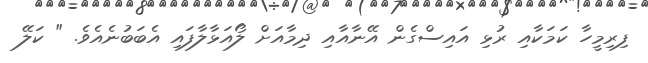
ފިރިމީހާ ކަމަކާއި ރުޅި އައިސްގެން އޭނާއާއި ދިމާއަށް ލޯއަޅާލާފައި އެބަބުނެއެވެ. " ކަލޭ